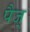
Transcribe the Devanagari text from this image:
पैज्